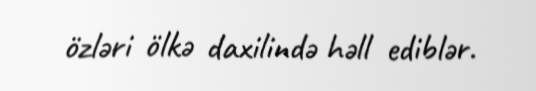
özləri ölkə daxilində həll ediblər.